Problem: 14 + 40 = ?
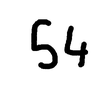
Handwritten answer: 54